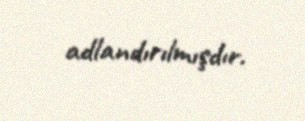
adlandırılmışdır.